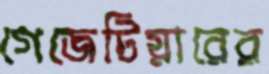
গেজেটিয়ারের